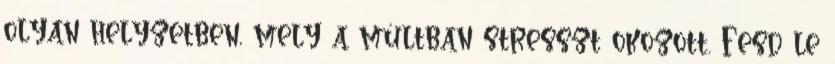
olyan helyzetben, mely a múltban stresszt okozott. Fesd le